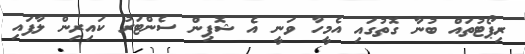
ރިޕޯޓުތައް ބުނާ ގޮތުގައި އެމީހާ ވަނީ އެ ޝޮޕިން ސެންޓަރު ކައިރިން ލާފައި